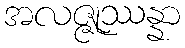
အလဇ္ဇုဿန္နာ